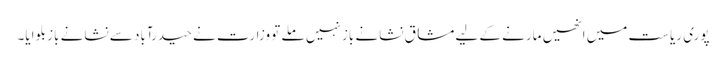
پوری ریاست میں انھیں مارنے کے لیے مشاق نشانے باز نہیں ملے تو وزارت نے حیدرآباد سے نشانے باز بلوایا۔